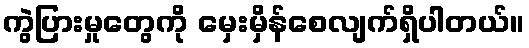
ကွဲပြားမှုတွေကို မှေးမှိန်စေလျက်ရှိပါတယ်။